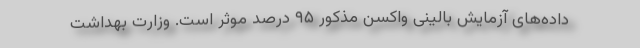
داده‌های آزمایش بالینی واکسن مذکور ۹۵ درصد موثر است. وزارت بهداشت